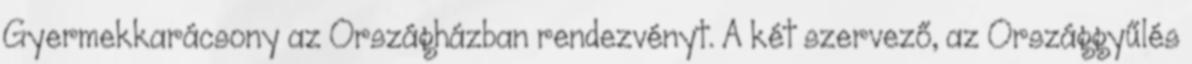
Gyermekkarácsony az Országházban rendezvényt. A két szervező, az Országgyűlés